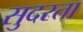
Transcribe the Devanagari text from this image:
सुदरता